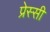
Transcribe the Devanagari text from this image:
प्रेस्सी